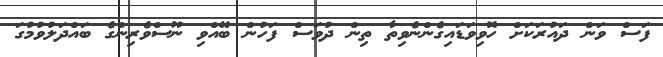
ފަސް ވަން ދައުރަކަށް ހޮވިވަޑައިގެންނެވިތާ ތިން ދުވަސް ފަހުން ބޭއްވި ނޫސްވެރިންގެ ބައްދަލުވުމުގަ